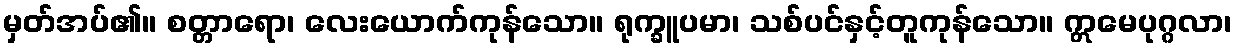
မှတ်အပ်၏။ စတ္တာရော၊ လေးယောက်ကုန်သော။ ရုက္ခူပမာ၊ သစ်ပင်နှင့်တူကုန်သော။ ဣမေပုဂ္ဂလာ၊